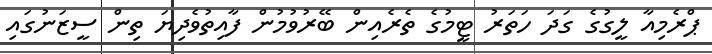
ޕްރެމިއާ ލީގުގެ ގަދަ ހަތަރު ޓީމުގެ ތެރެއިން ބޭރުވުމުން ފާއިތުވެދިޔަ ތިން ސީޒަނުގައި